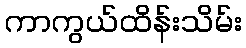
ကာကွယ်ထိန်းသိမ်း